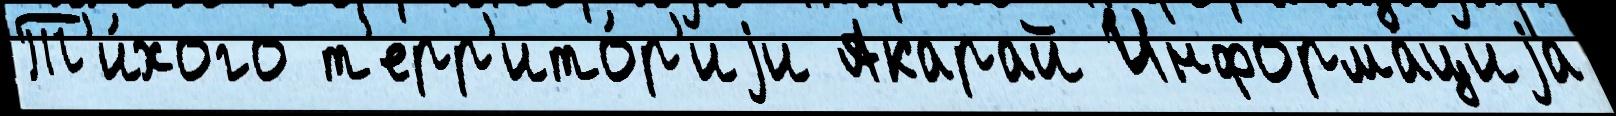
Т'и́хого т'ерр'ито́р'иjи Акарай Информа́циjа